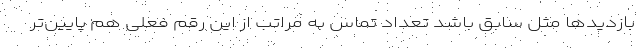
بازدیدها مثل سابق باشد تعداد تماس به مراتب از این رقم فعلی هم پایین‌تر